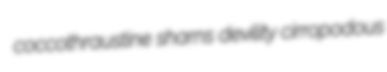
coccothraustine sharns devility cirropodous